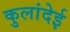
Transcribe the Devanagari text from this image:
कुलांदेई